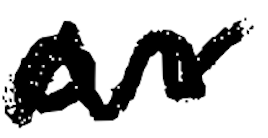
Text: on
Cross-out: zig-zag
Writing tool: digital_black